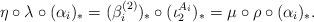
LaTeX: \begin{align*}\eta \circ \lambda \circ (\alpha_i)_{\ast} = (\beta^{(2)}_i)_{\ast}\circ (\iota^{A_i}_2)_{\ast} = \mu \circ \rho\circ (\alpha_i)_{\ast}.\end{align*}